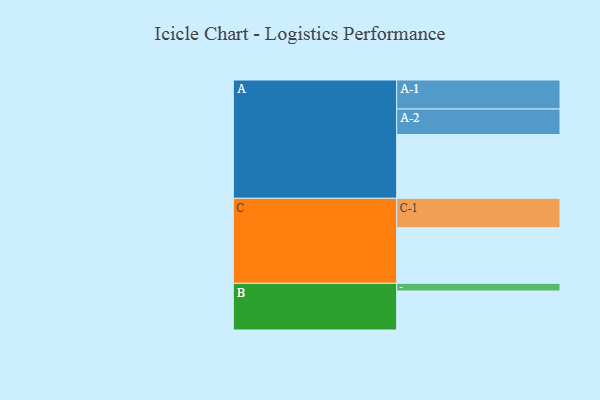
{"axis": {"x": "Segment", "y": "Value"}, "legend": ["", "A", "B", "C"], "data": [{"x": "A", "y": 600, "type": ""}, {"x": "B", "y": 367, "type": ""}, {"x": "C", "y": 523, "type": ""}, {"x": "A-1", "y": 273, "type": "A"}, {"x": "A-2", "y": 240, "type": "A"}, {"x": "B-1", "y": 72, "type": "B"}, {"x": "C-1", "y": 277, "type": "C"}]}